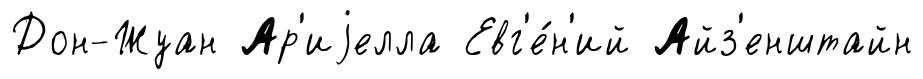
Дон-Жуан Ар'иjелла Евг'е́н'ий Айз'енштайн